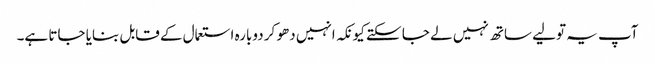
آپ یہ تولیے ساتھ نہیں لے جا سکتے کیونکہ انہیں دھو کر دوبارہ استعمال کے قابل بنایا جاتا ہے۔